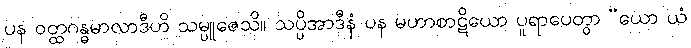
ပန ဝတ္ထဂန္ဓမာလာဒီဟိ သမ္ပူဇေသိ။ သပ္ပိအာဒီနံ ပန မဟာစာဋိယော ပူရာပေတွာ “ယော ယံ